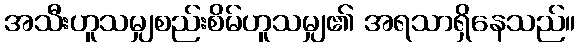
အသီးဟူသမျှစည်းစိမ်ဟူသမျှ၏ အရသာရှိနေသည်။